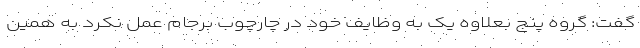
گفت: گروه پنج بعلاوه یک به وظایف خود در چارچوب برجام عمل نکرد به همین